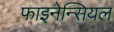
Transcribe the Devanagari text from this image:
फाइनेन्सियल